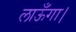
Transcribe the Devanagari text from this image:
लाऊँगा।